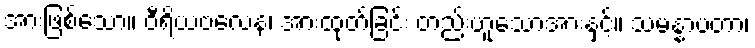
အားဖြစ်သော။ ဝီရိယဗလေန၊ အားထုတ်ခြင်း တည်းဟူသောအားနှင့်။ သမန္နာပတာ၊